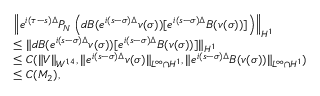
\begin{array} { r l } & { \left\| e ^ { i ( \tau - s ) \Delta } P _ { N } \left( d B ( e ^ { i ( s - \sigma ) \Delta } v ( \sigma ) ) [ e ^ { i ( s - \sigma ) \Delta } B ( v ( \sigma ) ) ] \right) \right\| _ { H ^ { 1 } } } \\ & { \leq \| d B ( e ^ { i ( s - \sigma ) \Delta } v ( \sigma ) ) [ e ^ { i ( s - \sigma ) \Delta } B ( v ( \sigma ) ) ] \| _ { H ^ { 1 } } } \\ & { \leq C ( \| V \| _ { W ^ { 1 , 4 } } , \| e ^ { i ( s - \sigma ) \Delta } v ( \sigma ) \| _ { L ^ { \infty } \cap H ^ { 1 } } , \| e ^ { i ( s - \sigma ) \Delta } B ( v ( \sigma ) ) \| _ { L ^ { \infty } \cap H ^ { 1 } } ) } \\ & { \leq C ( M _ { 2 } ) , } \end{array}